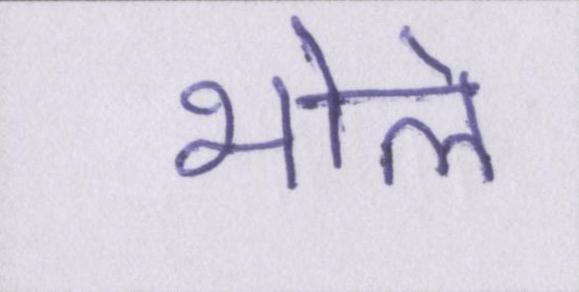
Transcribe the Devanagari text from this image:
भोले